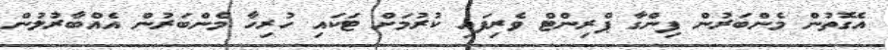
އެގޮތުން މެންބަރުން ފިންގާ ޕްރިންޓް ވެރިފައި ކުރުމަށް ޓަކައި ހުރިހާ މެންބަރުން އެއްބާރުލުން